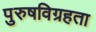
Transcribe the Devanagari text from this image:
पुरुषविग्रहता